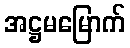
အဋ္ဌမမြောက်